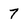
Character: 7